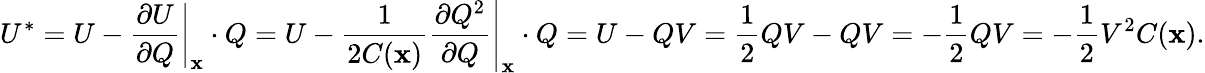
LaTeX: U^{*}=U-\left.{\frac{\partial U}{\partial Q}}\right|_{\mathbf{x}}\cdot Q=U-{\frac{1}{2C(\mathbf{x})}}\left.{\frac{\partial Q^{2}}{\partial Q}}\right|_{\mathbf{x}}\cdot Q=U-QV={\frac{1}{2}}QV-QV=-{\frac{1}{2}}QV=-{\frac{1}{2}}V^{2}C(\mathbf{x}).